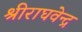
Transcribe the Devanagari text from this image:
श्रीराघवेन्द्र